Scientific memoirs by medical officers of the Army of India - Part XII,
Year: 1901
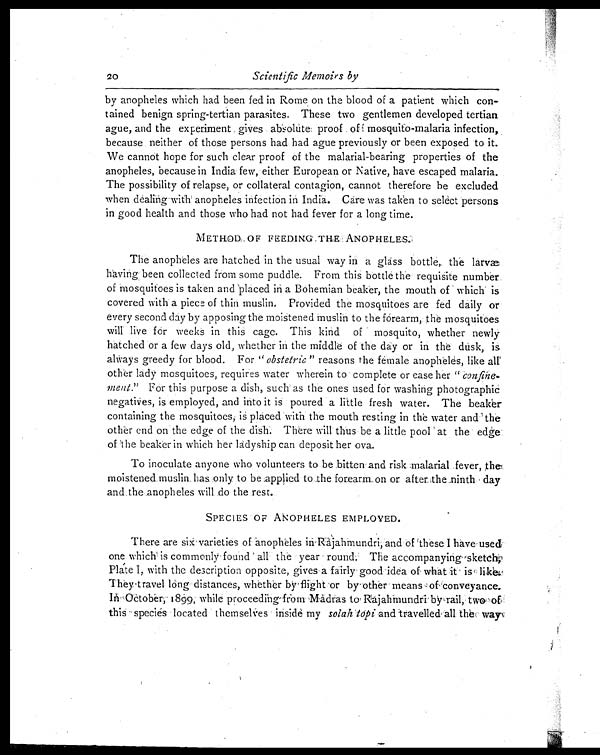
20
Scientific Memoirs by
by anopheles which had been fed in Rome on the blood of a patient which con-
tained benign spring-tertian parasites. These two gentlemen developed tertian
ague, and the experiment gives absolute proof of mosquito-malaria infection,
because neither of those persons had had ague previously or been exposed to it.
We cannot hope for such clear proof of the malarial-bearing properties of the
anopheles, because in India few, either European or Native, have escaped malaria.
The possibility of relapse, or collateral contagion, cannot therefore be excluded
when dealing with anopheles infection in India. Care was taken to select persons
in good health and those who had not had fever for a long time.
METHOD OF FEEDING THE ANOPHELES.
The anopheles are hatched in the usual way in a glass bottle, the larvæ
having been collected from some puddle. From this bottle the requisite number
of mosquitoes is taken and placed in a Bohemian beaker, the mouth of which is
covered with a piece of thin muslin. Provided the mosquitoes are fed daily or
every second day by apposing the moistened muslin to the forearm, the mosquitoes
will live for weeks in this cage. This kind of mosquito, whether newly
hatched or a few days old, whether in the middle of the day or in the dusk, is
always greedy for blood. For " obstedric " reasons the female anopheles, like all
other lady mosquitoes, requires water wherein to complete or ease her " confine
ment." For this purpose a dish, such as the ones used for washing photographic
negatives, is employed, and into it is poured a little fresh water. The beaker
containing the mosquitoes; is placed with the mouth resting in the water and the
other end on the edge of the dish. There will thus be a little pool at the edge
of the beaker in which her ladyship can deposit her ova.
To inoculate anyone who volunteers to be bitten and risk malarial fever, the
moistened muslin has only to be applied to the forearm on or after the ninth day
and the anopheles will do the rest
.
SPECIES OF ANOPHELES EMPLOYED.
There are six varieties of anopheles in Rajahmundri, and of these I have used
one which is commonly found all the year round. The accompanying-sketch,
Pláte I, with the description opposite, gives a fairly good idea of . what it is like.
They travel long distances, whether by flight or by other means of conveyance.
In October, 1899, while proceeding from Madras to Rajahmundri by rail,
two of
this species located themselves inside my solah topi and travelled all the
way